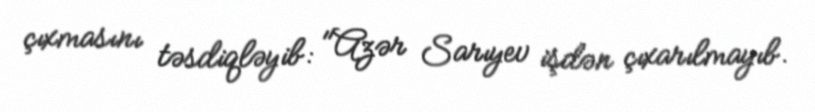
çıxmasını təsdiqləyib: "Azər Sarıyev işdən çıxarılmayıb.